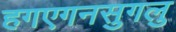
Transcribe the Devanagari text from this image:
हगएगनसुगलु